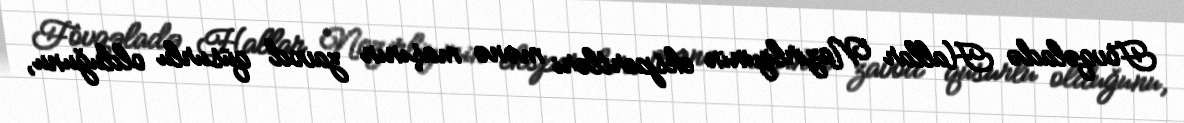
Fövqəladə Hallar Nazirliyinin ekspertləri mənə maşının zavod qüsurlu olduğunu,